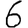
Digit: 6